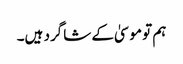
‏ ہم تو موسیٰ کے شاگرد ہیں۔